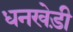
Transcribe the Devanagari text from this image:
धनखेड़ी